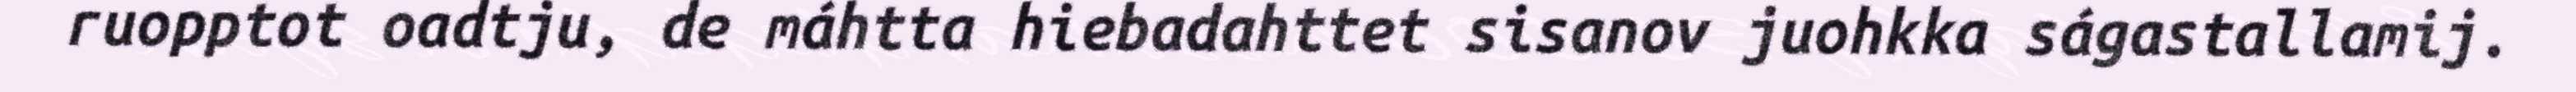
ruopptot oadtju, de máhtta hiebadahttet sisanov juohkka ságastallamij.